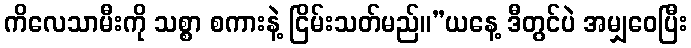
ကိလေသာမီးကို သစ္စာ စကားနဲ့ ငြိမ်းသတ်မည်။”ယနေ့ ဒီတွင်ပဲ အမျှဝေပြီး